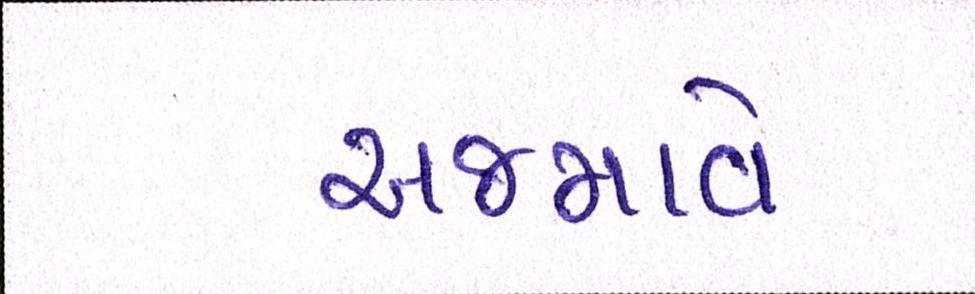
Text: અજમાવે